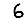
Digit: 6